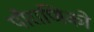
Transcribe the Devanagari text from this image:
पौराणिको